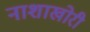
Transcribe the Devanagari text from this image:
नाशाखोरी